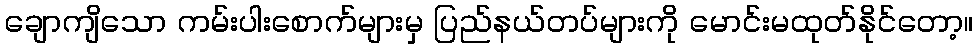
ချောကျိသော ကမ်းပါးစောက်များမှ ပြည်နယ်တပ်များကို မောင်းမထုတ်နိုင်တော့။